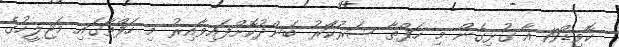
ކޮވިޑް19 އާ ގުޅިގެން މި ހަފްތާ ސަރުކާަރު ބަންދުުކޮށްފައިވާއިރު މި ހަފްތާގައި މަޖިލީހުގެ